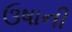
ઉષાની